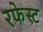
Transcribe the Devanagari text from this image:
रफेस्ट